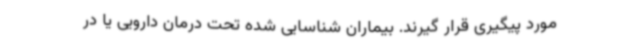
مورد پیگیری قرار گیرند. بیماران شناسایی شده تحت درمان دارویی یا در